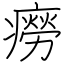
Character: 癆